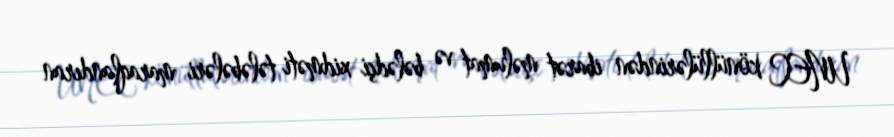
UNEC könüllülərindən ibarət məlumat və bələdçi xidməti tələbələri maraqlandıran